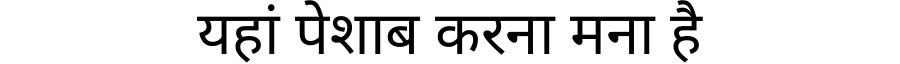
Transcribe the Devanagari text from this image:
यहां पेशाब करना मना है